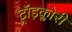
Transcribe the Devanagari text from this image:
ट्रॉइक्लोरी